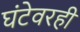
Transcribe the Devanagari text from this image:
घंटेवरही